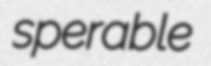
sperable